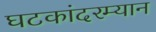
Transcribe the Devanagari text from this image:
घटकांदरम्यान